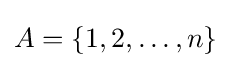
A=\{1,2,\dots ,n\}